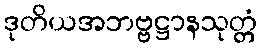
ဒုတိယအဘဗ္ဗဋ္ဌာနသုတ္တံ